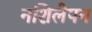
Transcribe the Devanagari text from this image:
नशिलेपन